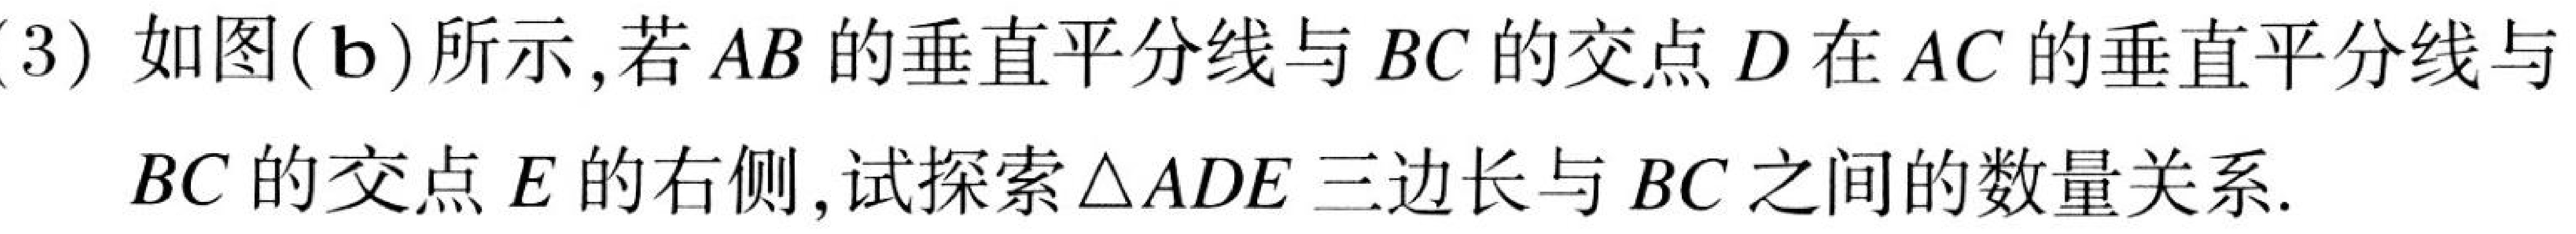
(3) 如图(b)所示,若$AB$的垂直平分线与$BC$的交点$D$在$AC$的垂直平分线与$BC$的交点$E$的右侧,试探索$\triangle ADE$三边长与$BC$之间的数量关系.